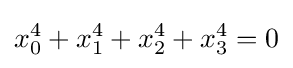
x_{0}^{4}+x_{1}^{4}+x_{2}^{4}+x_{3}^{4}=0